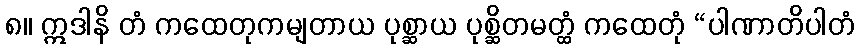
၈။ ဣဒါနိ တံ ကထေတုကမျတာယ ပုစ္ဆာယ ပုစ္ဆိတမတ္ထံ ကထေတုံ “ပါဏာတိပါတံ